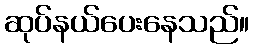
ဆုပ်နယ်ပေးနေသည်။